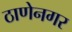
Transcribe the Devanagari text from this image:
ठाणेनगर